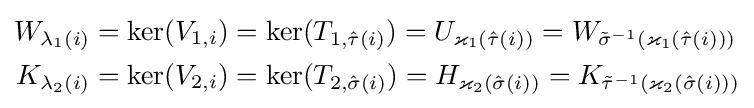
{\begin{aligned}W_{\lambda _{1}(i)}&=\ker(V_{1,i})=\ker(T_{1,{\hat {\tau }}(i)})=U_{\varkappa _{1}({\hat {\tau }}(i))}=W_{{\tilde {\sigma }}^{-1}(\varkappa _{1}({\hat {\tau }}(i)))}\\K_{\lambda _{2}(i)}&=\ker(V_{2,i})=\ker(T_{2,{\hat {\sigma }}(i)})=H_{\varkappa _{2}({\hat {\sigma }}(i))}=K_{{\tilde {\tau }}^{-1}(\varkappa _{2}({\hat {\sigma }}(i)))}\end{aligned}}